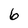
Character: 6